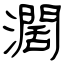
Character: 濶